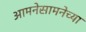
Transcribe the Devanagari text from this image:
आमनेसामनेच्या